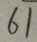
6 1